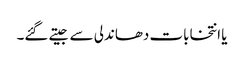
یا انتخابات دھاندلی سے جیتے گئے۔